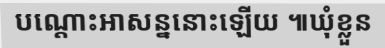
បណ្តោះអាសន្ននោះឡើយ ៕ឃុំខ្លួន